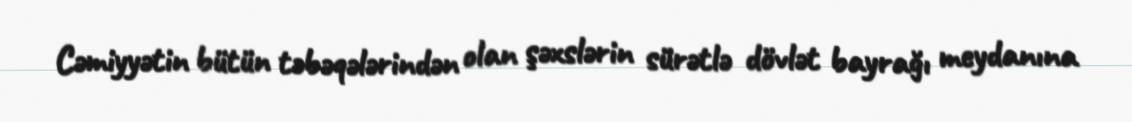
Cəmiyyətin bütün təbəqələrindən olan şəxslərin sürətlə dövlət bayrağı meydanına